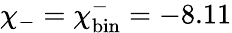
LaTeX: \chi_{-}=\chi_{\mathrm{bin}}^{-}=-8.11